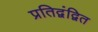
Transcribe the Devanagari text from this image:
प्रतिद्वंद्वित